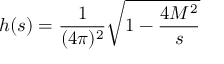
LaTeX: h ( s ) = \frac 1 { ( 4 \pi ) ^ { 2 } } \sqrt { 1 - \frac { 4 M ^ { 2 } } s }